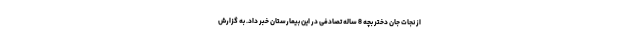
از نجات جان دختر بچه 8 ساله تصادفی در این بیمارستان خبر داد. به گزارش